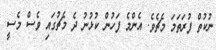
ނުކުތް ފުރަތަމަ މެޗެވެ. އެންމެ ފަހުން ކުޅުނު ދެ މެޗުގައި ވެސް މެސީ